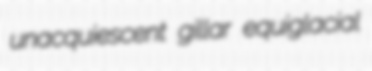
unacquiescent gillar equiglacial